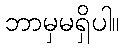
ဘာမှမရှိပါ။